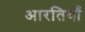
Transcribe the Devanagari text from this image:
आरतियाँ